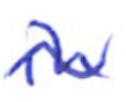
Text: in
Cross-out: wave
Writing tool: ballpoint